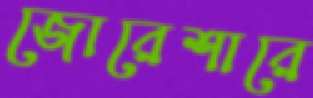
জোরেশারে